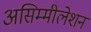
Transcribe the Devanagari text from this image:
असिम्मीलेशन